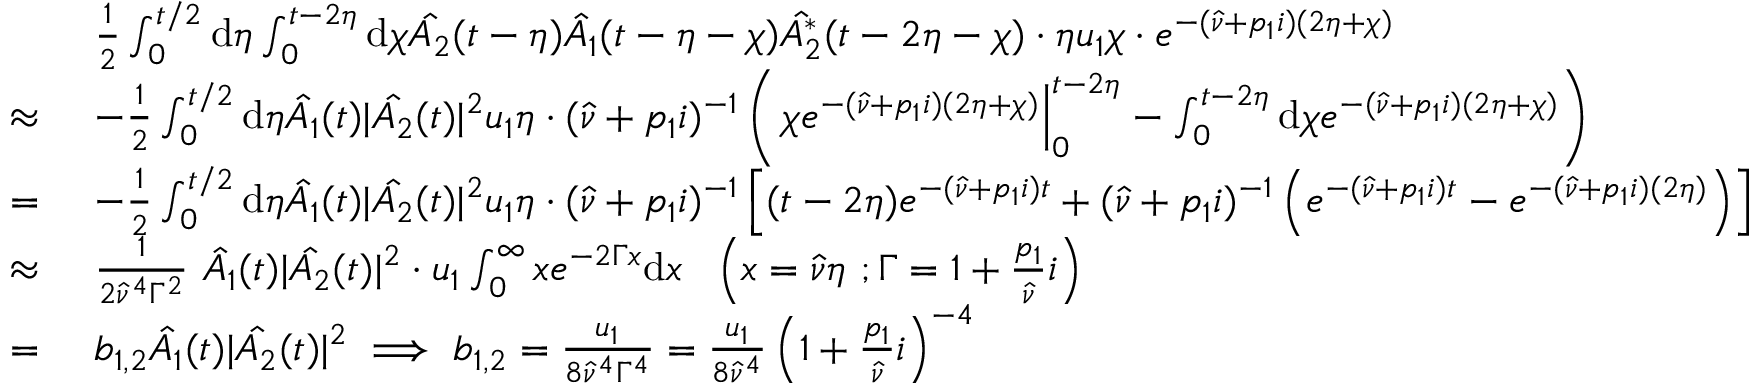
\begin{array} { r l } & { \frac { 1 } { 2 } \int _ { 0 } ^ { t / 2 } \mathrm { d } \eta \int _ { 0 } ^ { t - 2 \eta } \mathrm { d } \chi \hat { A _ { 2 } } ( t - \eta ) \hat { A _ { 1 } } ( t - \eta - \chi ) \hat { A _ { 2 } ^ { * } } ( t - 2 \eta - \chi ) \cdot \eta u _ { 1 } \chi \cdot e ^ { - ( \hat { \nu } + p _ { 1 } i ) ( 2 \eta + \chi ) } } \\ { \approx \ } & { - \frac { 1 } { 2 } \int _ { 0 } ^ { t / 2 } \mathrm { d } \eta \hat { A _ { 1 } } ( t ) | \hat { A _ { 2 } } ( t ) | ^ { 2 } u _ { 1 } \eta \cdot ( \hat { \nu } + p _ { 1 } i ) ^ { - 1 } \left( \left. \chi e ^ { - ( \hat { \nu } + p _ { 1 } i ) ( 2 \eta + \chi ) } \right| _ { 0 } ^ { t - 2 \eta } - \int _ { 0 } ^ { t - 2 \eta } \mathrm { d } \chi e ^ { - ( \hat { \nu } + p _ { 1 } i ) ( 2 \eta + \chi ) } \right) } \\ { = \ } & { - \frac { 1 } { 2 } \int _ { 0 } ^ { t / 2 } \mathrm { d } \eta \hat { A _ { 1 } } ( t ) | \hat { A _ { 2 } } ( t ) | ^ { 2 } u _ { 1 } \eta \cdot ( \hat { \nu } + p _ { 1 } i ) ^ { - 1 } \left[ ( t - 2 \eta ) e ^ { - ( \hat { \nu } + p _ { 1 } i ) t } + ( \hat { \nu } + p _ { 1 } i ) ^ { - 1 } \left( e ^ { - ( \hat { \nu } + p _ { 1 } i ) t } - e ^ { - ( \hat { \nu } + p _ { 1 } i ) ( 2 \eta ) } \right) \right] } \\ { \approx \ } & { \frac { 1 } { 2 \hat { \nu } ^ { 4 } \Gamma ^ { 2 } } \ \hat { A _ { 1 } } ( t ) | \hat { A _ { 2 } } ( t ) | ^ { 2 } \cdot u _ { 1 } \int _ { 0 } ^ { \infty } x e ^ { - 2 \Gamma x } \mathrm { d } x \ \ \left( x = \hat { \nu } \eta \ ; \Gamma = 1 + \frac { p _ { 1 } } { \hat { \nu } } i \right) } \\ { = \ } & { b _ { 1 , 2 } \hat { A _ { 1 } } ( t ) | \hat { A _ { 2 } } ( t ) | ^ { 2 } \implies b _ { 1 , 2 } = \frac { u _ { 1 } } { 8 \hat { \nu } ^ { 4 } \Gamma ^ { 4 } } = \frac { u _ { 1 } } { 8 \hat { \nu } ^ { 4 } } \left( 1 + \frac { p _ { 1 } } { \hat { \nu } } i \right) ^ { - 4 } } \end{array}